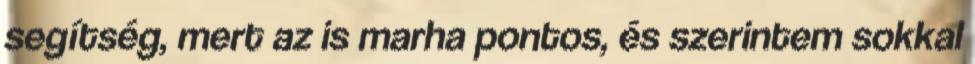
segítség, mert az is marha pontos, és szerintem sokkal